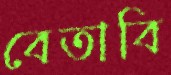
বেতাবি